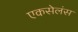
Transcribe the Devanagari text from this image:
एकसेलंस